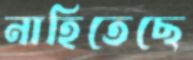
নাহিতেছে